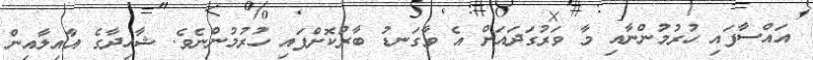
އައްސާފައި ހުރުމުންނާއި މާ ވަރުގަދައަށް އެ ވާގަނޑު ބާރުކޮށްފައި ހުރުމުންނެވެ. ޝާހިދާގެ އާއިލާއިން